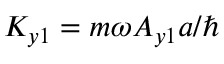
K _ { y 1 } = m \omega A _ { y 1 } a / \hbar